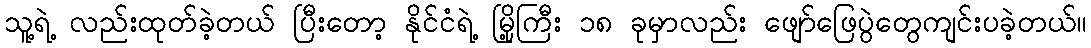
သူ့ရဲ့ လည်းထုတ်ခဲ့တယ် ပြီးတော့ နိုင်ငံရဲ့ မြို့ကြီး ၁၈ ခုမှာလည်း ဖျော်ဖြေပွဲတွေကျင်းပခဲ့တယ်။